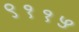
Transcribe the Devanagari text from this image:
९११५